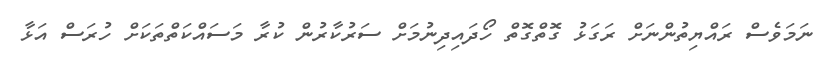
ނަމަވެސް ރައްޔިތުންނަށް ރަގަޅު ގޮތްގޮތް ހޯދައިދިނުމަށް ސަރުކާރުން ކުރާ މަސައްކަތްތަކަށް ހުރަސް އަޅާ